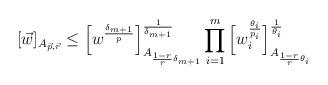
LaTeX: \begin{align*}[\vec w]_{A_{\vec p, \vec r}}\le \Big[w^{\frac{\delta_{m+1}}{p}}\Big]_{A_{\frac{1-r}{r}\delta_{m+1}}}^{\frac1 {\delta_{m+1}}}\prod_{i=1}^{m}\Big[w_i^{\frac {\theta_i}{ p_i}}\Big]_{A_{\frac{1-r}{r}\theta_i}}^{\frac1{\theta_i}}\end{align*}